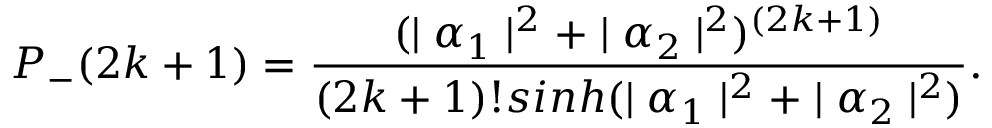
P _ { - } ( 2 k + 1 ) = \frac { ( \mid \alpha _ { 1 } \mid ^ { 2 } + \mid \alpha _ { 2 } \mid ^ { 2 } ) ^ { ( 2 k + 1 ) } } { ( 2 k + 1 ) ! s i n h ( \mid \alpha _ { 1 } \mid ^ { 2 } + \mid \alpha _ { 2 } \mid ^ { 2 } ) } .